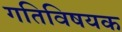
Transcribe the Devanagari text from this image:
गतिविषयक